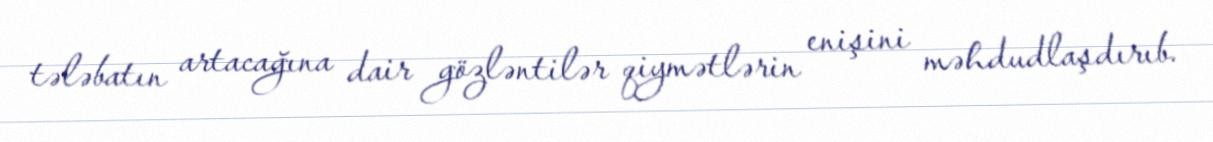
tələbatın artacağına dair gözləntilər qiymətlərin enişini məhdudlaşdırıb.